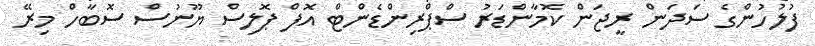
ފުލުހުންގެ ސަދަން ރީޖަން ކޮމާންޑަރު ސްޕްރިންޑެންޓް އޮފް ޕޮލިސް ޔޫނުސް ސޮބާހް މިރޭ